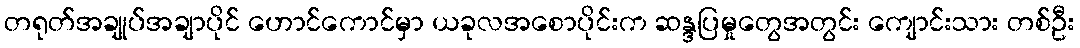
တရုတ်အချုပ်အချာပိုင် ဟောင်ကောင်မှာ ယခုလအစောပိုင်းက ဆန္ဒပြမှုတွေအတွင်း ကျောင်းသား တစ်ဦး